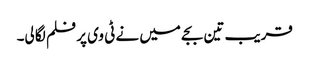
قریب تین بجے میں نے ٹی وی پر فلم لگا لی۔